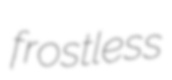
frostless